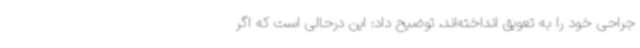
جراحی خود را به تعویق انداخته‌اند، توضیح داد: این درحالی است که اگر